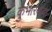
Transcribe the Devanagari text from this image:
कुंभारदादा